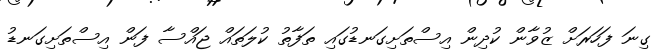
ގިނަ ފަހަރަށް ޒުވާން ކުދިން އިސްތަށިގަނޑުގައި ތަފާތު ކުލަތައް ޖައްސާ ފަން އިސްތަށިގަނޑު